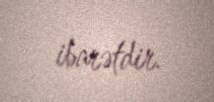
ibarətdir.